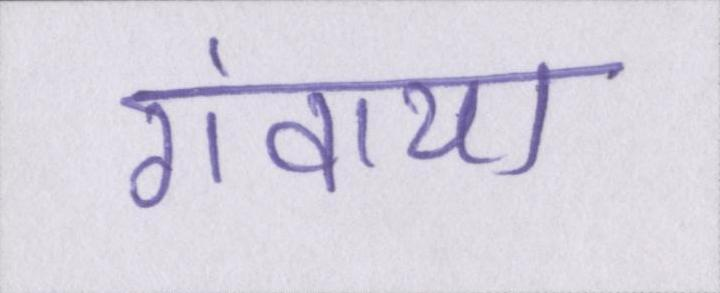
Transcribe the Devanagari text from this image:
गंवाया